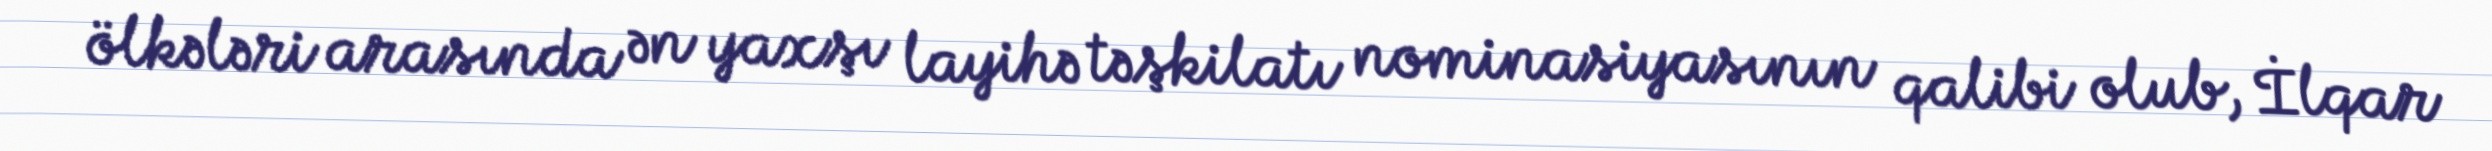
ölkələri arasında ən yaxşı layihə təşkilatı nominasiyasının qalibi olub, İlqar